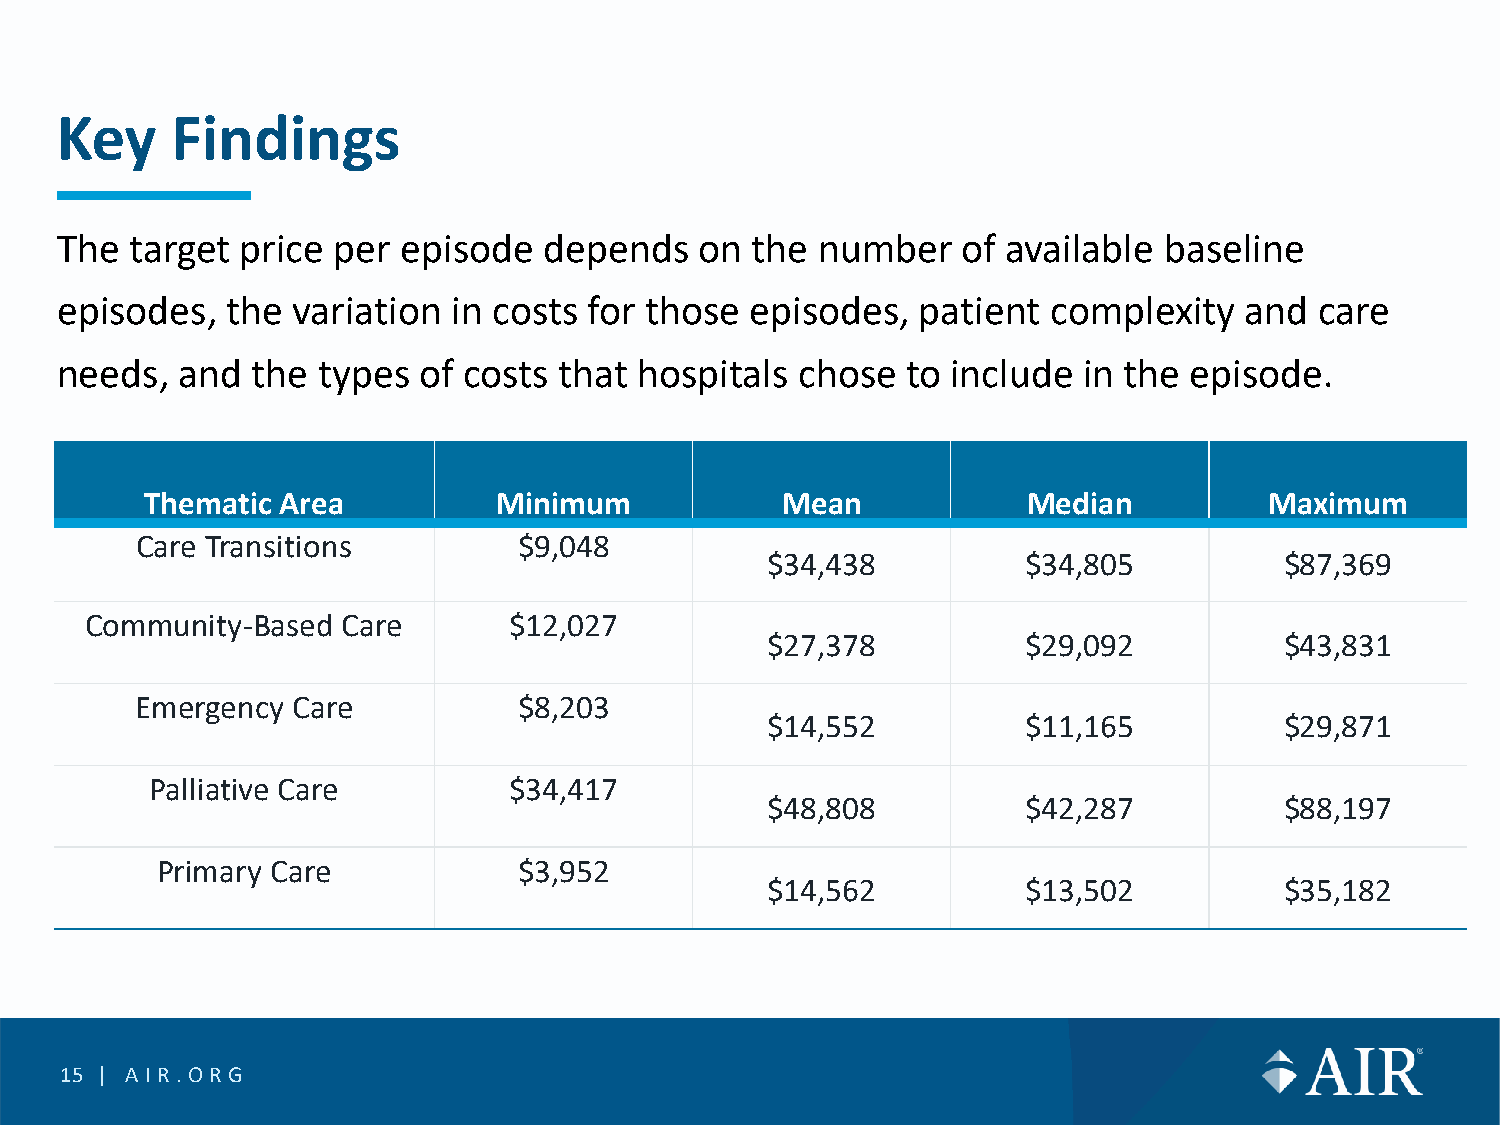
Key    Findings
 The  target price per  episode  depends   on  the number    of available baseline
 episodes,  the variation  in costs for those  episodes,  patient  complexity  and  care
 needs,  and  the types  of costs that hospitals  chose  to include  in the episode.
 Thematic Area          Minimum            Mean            Median          Maximum
 Care Transitions         $9,048
 $34,438          $34,805          $87,369
 Community-Based  Care       $12,027
 $27,378          $29,092          $43,831
 Emergency Care           $8,203
 $14,552          $11,165          $29,871
 Palliative Care         $34,417
 $48,808          $42,287          $88,197
 Primary Care            $3,952
 $14,562          $13,502          $35,182
 15 | AIR.O RG